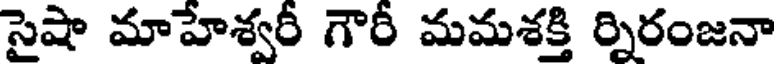
సైషా మాహేశ్వరీ గౌరీ మమశక్తి ర్నిరంజనా